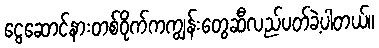
ငွေဆောင်နားတစ်ဝိုက်ကကျွန်းတွေဆီလည်ပတ်ခဲ့ပါတယ်။